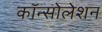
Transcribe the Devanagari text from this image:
कॉन्सोलेशन